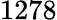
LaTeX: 1278